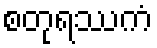
စတုရဿကံ